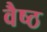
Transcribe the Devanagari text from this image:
वैष्ठ